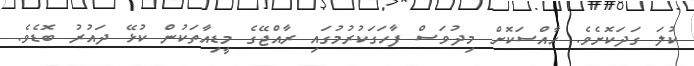
ކުލަ ގަދަކޮށެވެ. ހާއްސަކޮށް މިދުވަސް ފާހަގަކުރުމުގައި ރާއްޖޭގެ މީޑިއާތަކުން ކުޅޭ ދައުރު ބޮޑެވެ.